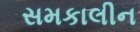
સમકાલીન